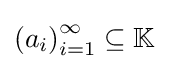
\left(a_{i}\right)_{i=1}^{\infty }\subseteq \mathbb {K}